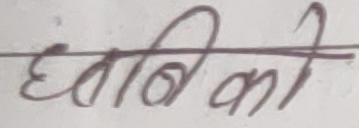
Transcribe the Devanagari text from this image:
छातीको